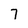
Character: 7